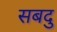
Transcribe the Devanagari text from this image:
सबदु